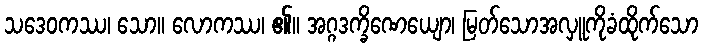
သဒေဝကဿ၊ သော။ လောကဿ၊ ၏။ အဂ္ဂဒက္ခိဏေယျော၊ မြတ်သောအလှူကိုခံထိုက်သော